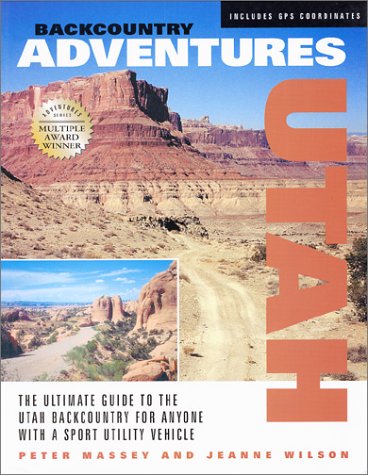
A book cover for Backcountry Adventures: Utah- The Ultimate Guide to the Utah Backcountry for Anyone With a Sport Utility Vehicle; Peter Massey; Travel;